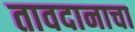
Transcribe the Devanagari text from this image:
तावदानाचा